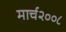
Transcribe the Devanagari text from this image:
मार्च२००८